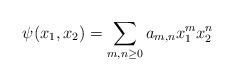
LaTeX: \begin{align*}\psi(x_1,x_2) = \sum_{m,n\geq 0} a_{m,n} x_1^m x_2^n\end{align*}